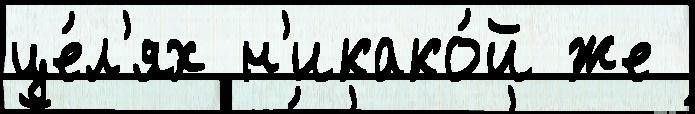
це́л'ях н'икако́й же